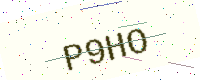
Text: P9HO